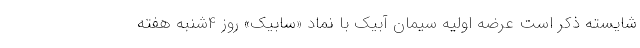
شایسته ذکر است عرضه اولیه سیمان آبیک با نماد «سابیک» روز 4شنبه هفته